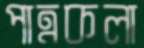
পাত্রকলা